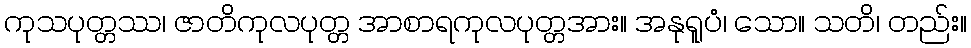
ကုသပုတ္တဿ၊ ဇာတိကုလပုတ္တ အာစာရကုလပုတ္တအား။ အနုရူပံ၊ သော။ သတိ၊ တည်း။